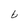
Character: b